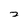
Character: 2